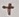
Text: +